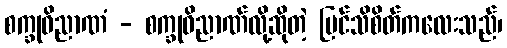
စက္ခုဝိညာဏံ - စက္ခုဝိညာဏ်လို့ဆိုတဲ့ မြင်သိစိတ်ကလေးသည်၊